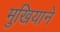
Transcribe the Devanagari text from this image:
मुखियाने